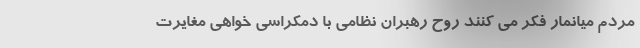
مردم میانمار فکر می کنند روح رهبران نظامی با دمکراسی خواهی مغایرت